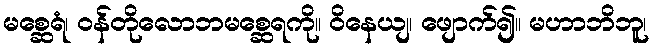
မစ္ဆေရံ၊ ဝန်တိုလောဘမစ္ဆေရကို။ ဝိနေယျ၊ ဖျောက်၍။ မဟာဘိဘူ၊